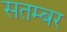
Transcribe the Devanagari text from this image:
सतम्बर